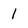
Character: 1